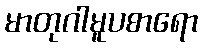
မာတုဂါမူပစာရော